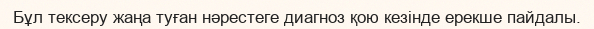
Бұл тексеру жаңа туған нәрестеге диагноз қою кезінде ерекше пайдалы.